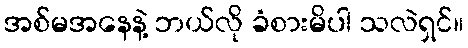
အစ်မအနေနဲ့ ဘယ်လို ခံစားမိပါ သလဲရှင်။